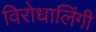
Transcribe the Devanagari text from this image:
विरोधालिंगी